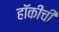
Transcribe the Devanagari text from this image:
हॉकीची